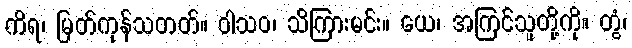
ကိရ၊ မြတ်ကုန်သတတ်။ ဝါသဝ၊ သိကြားမင်း။ ယေ၊ အကြင်သူတို့ကို။ တွံ၊